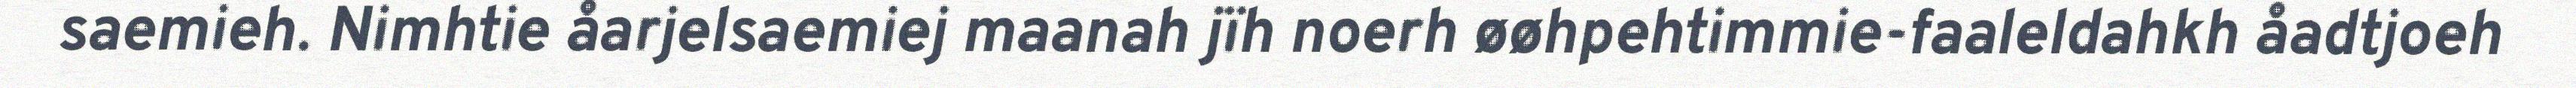
saemieh. Nimhtie åarjelsaemiej maanah jïh noerh øøhpehtimmie-faaleldahkh åadtjoeh